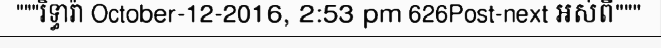
"""រិទ្ធារ៉ា October-12-2016, 2:53 pm 626Post-next អស់ពី"""